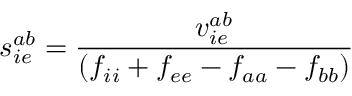
s _ { i e } ^ { a b } = \frac { v _ { i e } ^ { a b } } { ( f _ { i i } + f _ { e e } - f _ { a a } - f _ { b b } ) }